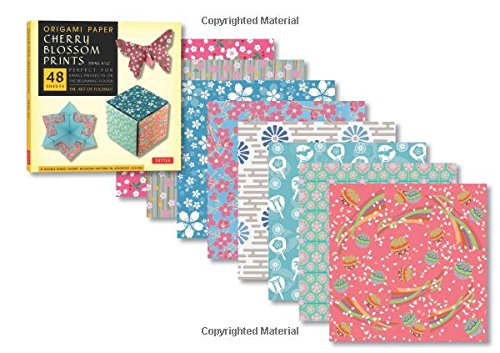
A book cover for Origami Paper - Cherry Blossom Patterns - Small - 6 3/4" - 48 Sheets: Perfect for Small Projects or the Beginning Folder; Arts & Photography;